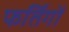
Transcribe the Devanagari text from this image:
फर्तिगों